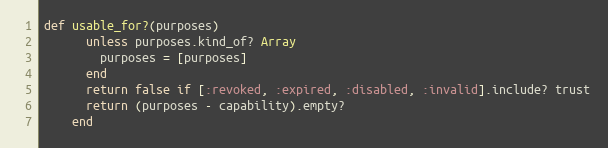
Language: Ruby
def usable_for?(purposes)
      unless purposes.kind_of? Array
        purposes = [purposes]
      end
      return false if [:revoked, :expired, :disabled, :invalid].include? trust
      return (purposes - capability).empty?
    end